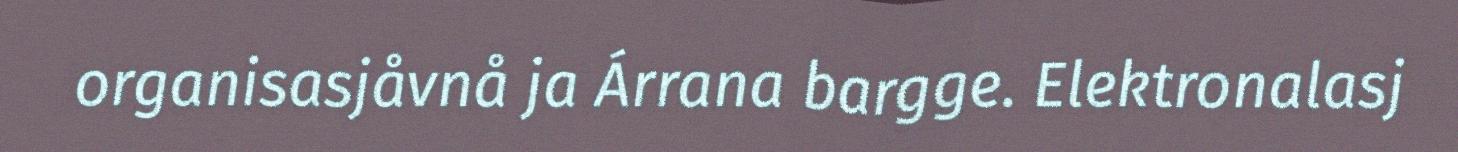
organisasjåvnå ja Árrana bargge. Elektronalasj